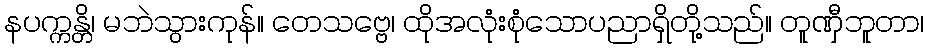
နပက္ကန္တိ၊ မဘဲသွားကုန်။ တေသဗ္ဗေ၊ ထိုအလုံးစုံသောပညာရှိတို့သည်။ တူဏှီဘူတာ၊